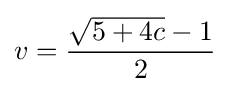
v={\frac {{\sqrt {5+4c}}-1}{2}}